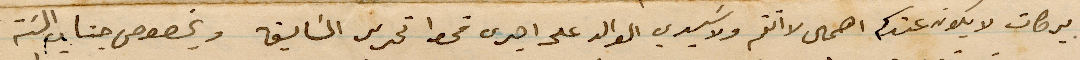
بركات لا يكون عندكم اهمال لا تمم ولا سيدي الوالد على اجرى قحط تحرير السابق وبخصوص جناب %%